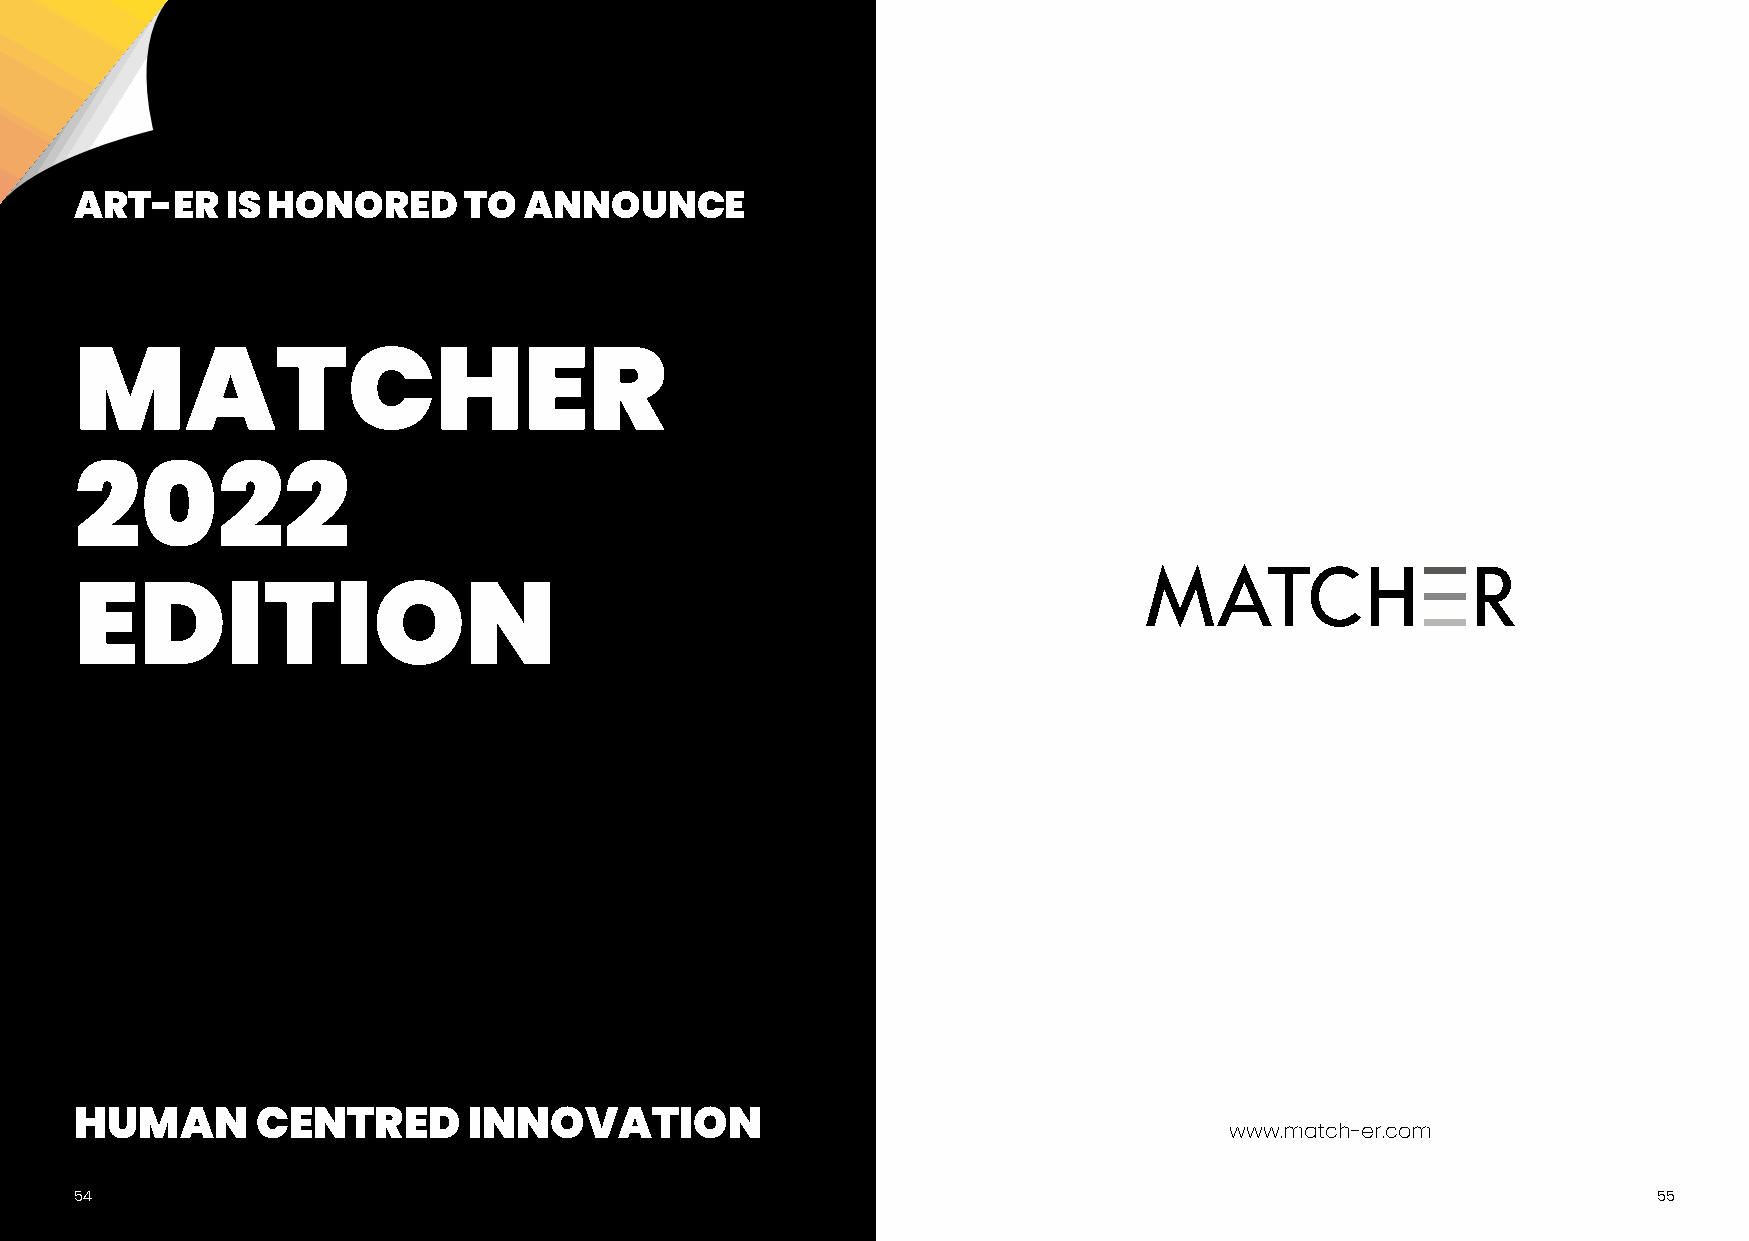
ART-ER    IS HONORED      TO  ANNOUNCE
 MATCHER
 2022
 EDITION
 HUMAN       CENTRED       INNOVATION
 www.match-er.com
 54                                                                                                       55